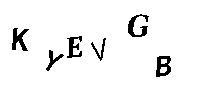
KYEVGB